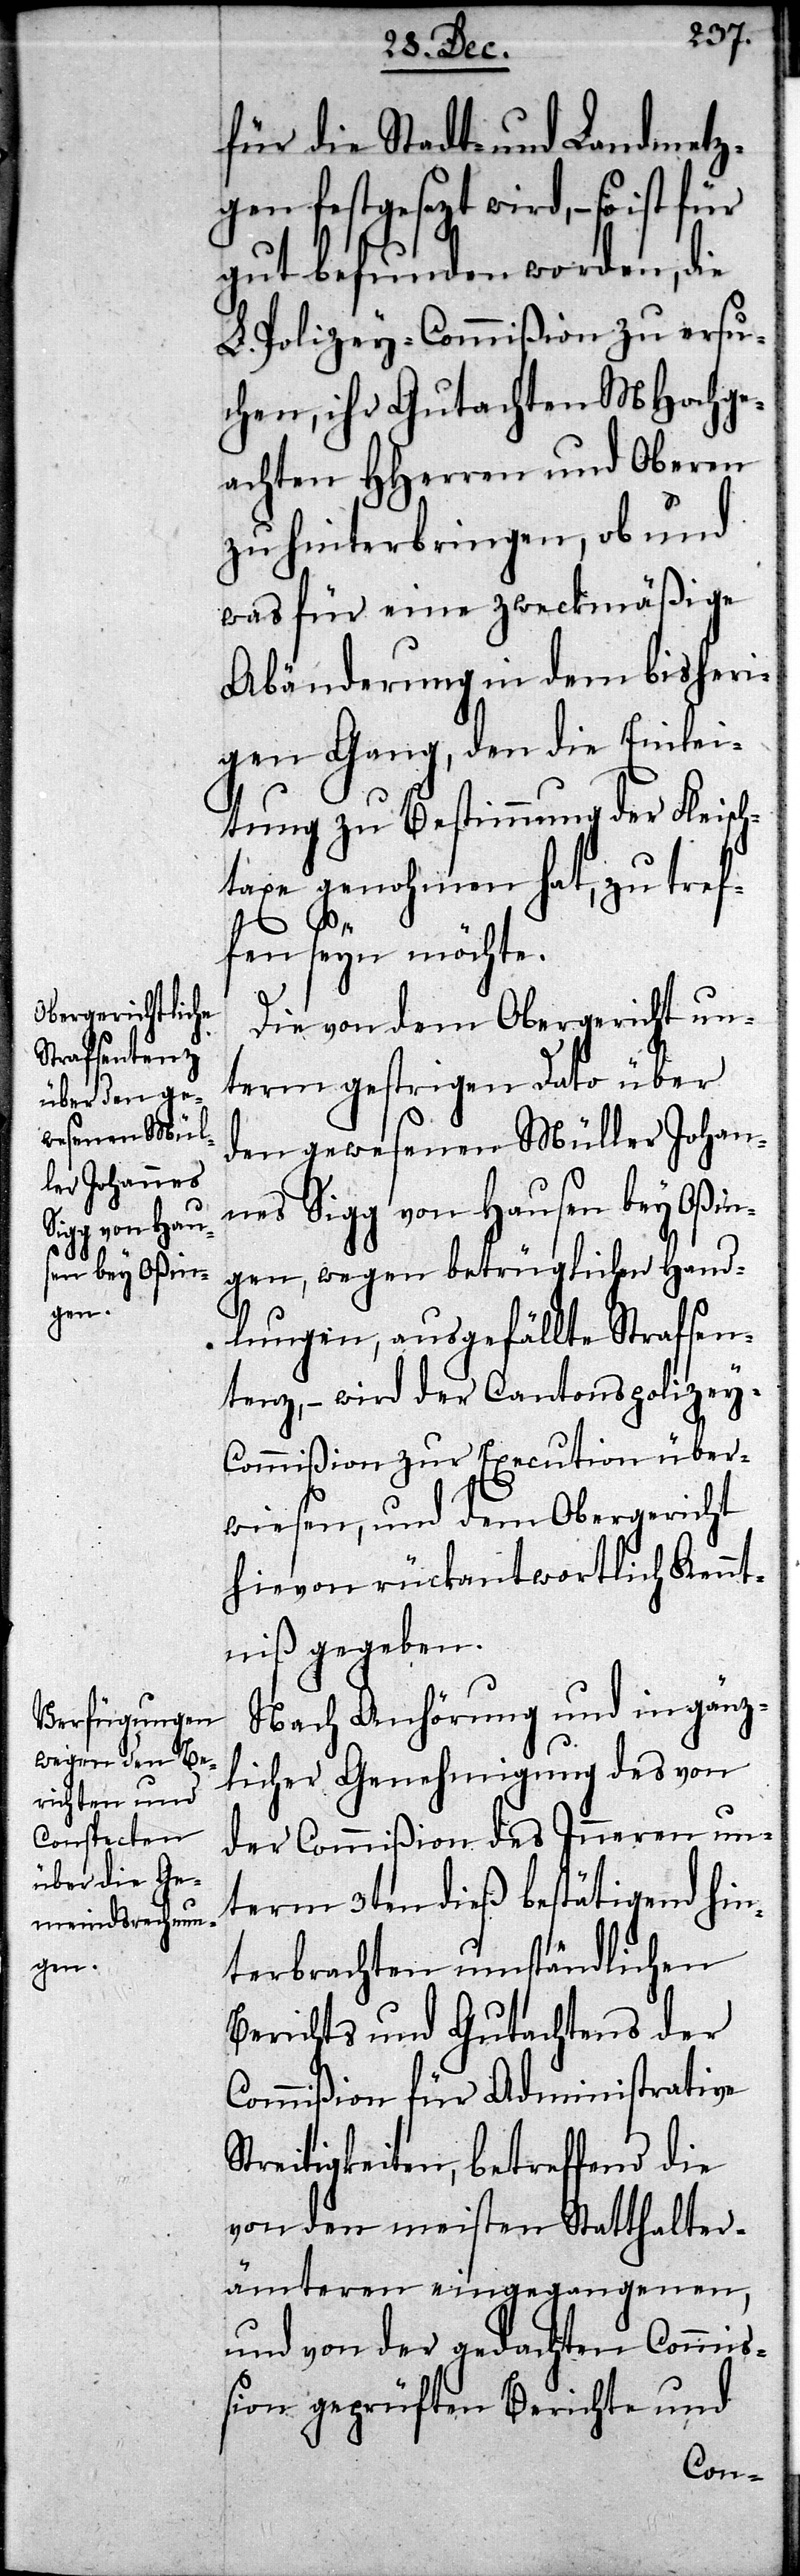
für die Stadt- und Landmetz¬
gen festgesetzt wird, – so ist
gut befunden worden, die
L. Polizey-Commißion zu ersu¬
chen, ihr Gutachten MHochge¬
achten HHerren und Oberen
zu hinterbringen, ob und
was für eine zweckmäßige
Abänderung in dem bisheri¬
gen Gang, den die Einlei¬
tung zu Bestimmung der Fleisch¬
taxe genohmen hat, zu tref¬
fen seyn möchte.
Die von dem Obergericht un¬
term gestrigen Dato über
den gewesenen Müller Johan¬
nes Sigg von Hausen bey Oßin¬
gen, wegen betrüglicher Hand¬
lungen, ausgefällte Strafsen¬
tenz, – wird der Cantonspolize¬
y-Commißion zur Execution über¬
wiesen, und dem Obergericht
hievon rückantwortlich Kennt¬
niß gegeben.
Nach Anhörung und in gänz¬
licher Genehmigung des von
der Commißion des Inneren un¬
term 3ten dieß bestätigend hin¬
terbrachten umständlichen
Berichts und Gutachtens der
Commißion für Administrative
Streitigkeiten, betreffend die
von den meisten Statthalter¬
ämteren eingegangenen,
und von der gedachten Commiß¬
ion geprüften Berichte und